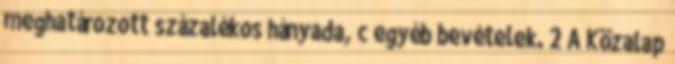
meghatározott százalékos hányada, c egyéb bevételek. 2 A Közalap